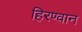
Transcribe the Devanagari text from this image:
हिरण्वान